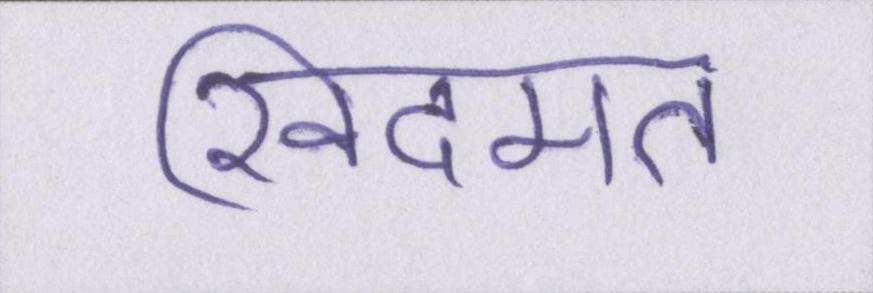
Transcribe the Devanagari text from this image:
खिदमत